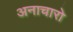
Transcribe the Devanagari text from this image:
अनाचारो